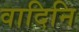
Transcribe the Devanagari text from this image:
वादिनि